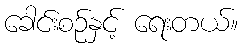
ခေါင်းစဉ်နှင့် ရေးတယ်။